Vaccination in Burma 1900-1911 - 1900-1911
Year: 1900
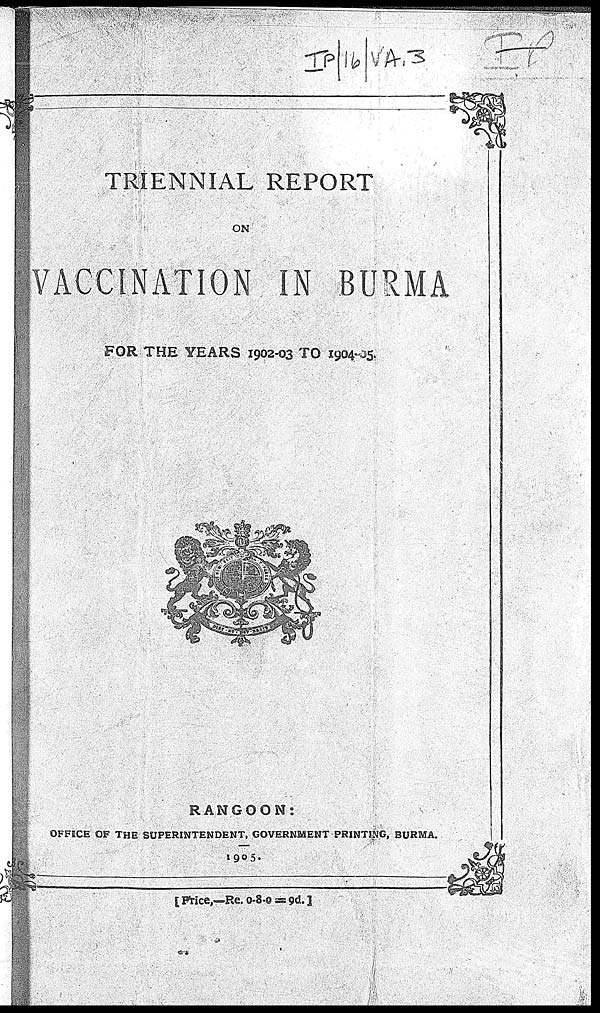
TRIENNIAL REPORT
ON
VACCINATION IN BURMA
FOR THE YEARS 1902-03 TO 1904-05.
RANGOON:
OFFICE OF THE SUPERINTENDENT, GOVERNMENT PRINTING, BURMA.
1905.
[ Price,—Re. 0-8-0 =9d.]